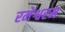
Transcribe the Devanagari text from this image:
रमेश्वरम